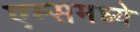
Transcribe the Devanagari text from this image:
एम्समध्ये